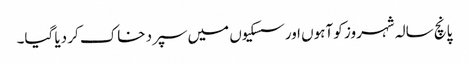
پانچ سالہ شہروز کو آہوں اورسسکیوں میں سپرد خاک کر دیا گیا۔